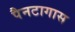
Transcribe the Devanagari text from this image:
पैनटागास